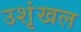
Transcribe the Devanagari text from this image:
उशृंखल